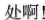
处啊!